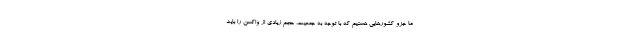
ما جزو کشورهایی هستیم که با توجه به جمعیت، حجم زیادی از واکسن را باید